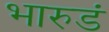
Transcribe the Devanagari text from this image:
भारुडं